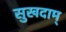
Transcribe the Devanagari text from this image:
सुखदाम्